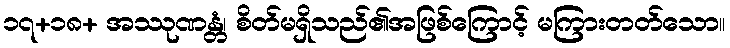
၁၇+၁၈+ အဿုဏန္တံ၊ စိတ်မရှိသည်၏အဖြစ်ကြောင့် မကြားတတ်သော။